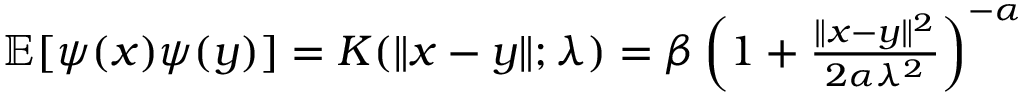
\begin{array} { r } { { \mathbb { E } } [ \psi ( x ) \psi ( y ) ] = K ( \| x - y \| ; \lambda ) = \beta \left( 1 + \frac { \| x - y \| ^ { 2 } } { 2 \alpha \lambda ^ { 2 } } \right) ^ { - \alpha } } \end{array}